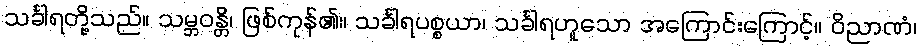
သင်္ခါရတို့သည်။ သမ္ဘဝန္တိ၊ ဖြစ်ကုန်၏။ သင်္ခါရပစ္စယာ၊ သင်္ခါရဟူသော အကြောင်းကြောင့်။ ဝိညာဏံ၊